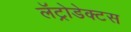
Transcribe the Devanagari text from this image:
लॅट्रोडेक्टस